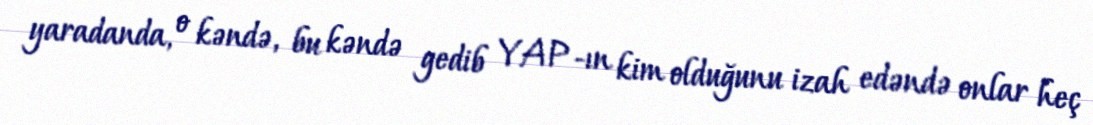
yaradanda, o kəndə, bu kəndə gedib YAP-ın kim olduğunu izah edəndə onlar heç